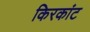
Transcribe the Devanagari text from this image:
किरकांट